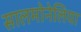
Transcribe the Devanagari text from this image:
सालमोनेलिया